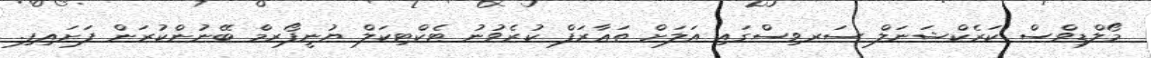
މޯލްޑިވްސް ކަރެކްޝަނަލް ސަރވިސްގައި އަލަށް ތަޢާރަފް ކުރެވުނު ޓެކްޓިކަލް ޔުނީފޯރމް ބޭނުންކުރަން ފަށައިފި.